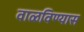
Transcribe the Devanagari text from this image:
वाळविण्यास